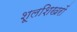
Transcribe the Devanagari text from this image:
शूलशिखरों